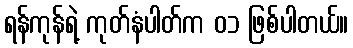
ရန်ကုန်ရဲ့ ကုတ်နံပါတ်က ၀၁ ဖြစ်ပါတယ်။